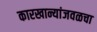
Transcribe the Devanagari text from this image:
कारखान्यांजवळचा